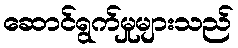
ဆောင်ရွက်မှုများသည်